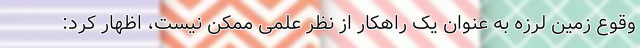
وقوع زمین لرزه به عنوان یک راهکار از نظر علمی ممکن نیست، اظهار کرد: